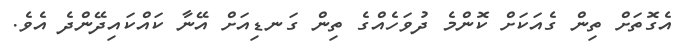
އެގޮތަށް ތިން ގެއަކަށް ކޮންމެ ދުވަހެއްގެ ތިން ގަނޑިއަށް އޭނާ ކައްކައިދޭންދެ އެވެ.